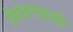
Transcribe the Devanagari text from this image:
पैगंबरवासी